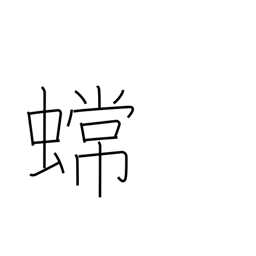
Meaning: toad